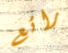
رائع